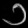
Digit: ၁